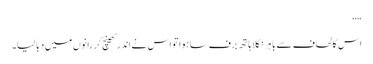
“‘‘
اس کا لحاف سے باہر نکلا ہاتھ برف سا ہوا تو اس نے اندر کھینچ کر رانوں میں دبا لیا۔